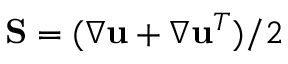
\mathbf { S } = ( \nabla \mathbf { u } + \nabla \mathbf { u } ^ { T } ) / 2